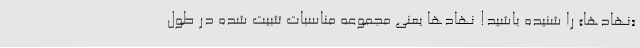
«نهادها» را شنیده باشید! نهادها یعنی مجموعه مناسبات تثبیت شده در طول